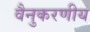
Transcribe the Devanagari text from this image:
वैनुकरणीय